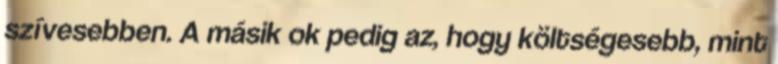
szívesebben. A másik ok pedig az, hogy költségesebb, mint